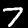
Label: 7